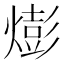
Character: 𪹫